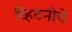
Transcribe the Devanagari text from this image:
व्हिटनीचे